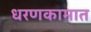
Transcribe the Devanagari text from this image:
धरणकामात